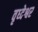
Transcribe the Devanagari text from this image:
वृध्देश्वर